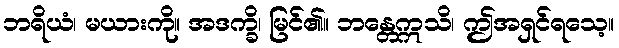
ဘရိယံ၊ မယားကို။ အဒက္ခိ၊ မြင်၏။ ဘန္တေဣသိ၊ ဤအရှင်ရသေ့။